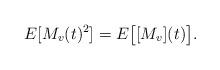
LaTeX: \begin{align*}E[M_v(t)^2]=E\big[[M_v](t)\big].\end{align*}